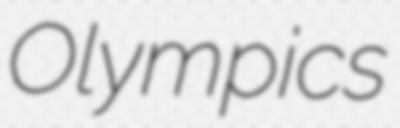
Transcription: Olympics